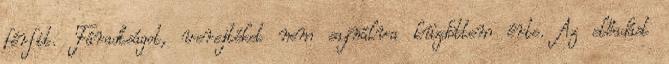
férfit. Fáradtságot, verejtéket nem sajnálva küzdöttem érte. Az előadást